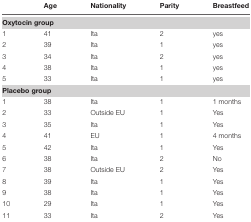
|  | Age | Nationality | Parity | Breastfeed |
 | --- | --- | --- | --- | --- |
 | Oxytocin group |
 | 1 | 41 | Ita | 2 | yes |
 | 2 | 39 | Ita | 1 | yes |
 | 3 | 34 | Ita | 2 | yes |
 | 4 | 38 | Ita | 1 | yes |
 | 5 | 33 | Ita | 1 | yes |
 | Placebo group |
 | 1 | 38 | Ita | 1 | 1 months |
 | 2 | 33 | Outside EU | 1 | Yes |
 | 3 | 35 | Ita | 1 | Yes |
 | 4 | 41 | EU | 1 | 4 months |
 | 5 | 42 | Ita | 1 | Yes |
 | 6 | 38 | Ita | 2 | No |
 | 7 | 38 | Outside EU | 2 | Yes |
 | 8 | 39 | Ita | 1 | Yes |
 | 9 | 38 | Ita | 1 | Yes |
 | 10 | 29 | Ita | 1 | Yes |
 | 11 | 33 | Ita | 2 | Yes |